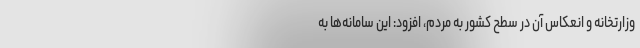
وزارتخانه و انعکاس آن در سطح کشور به مردم، افزود: این سامانه‌ها به